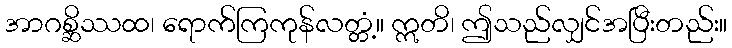
အာဂစ္ဆိဿထ၊ ရောက်ကြကုန်လတ္တံ့။ ဣတိ၊ ဤသည်လျှင်အပြီးတည်း။